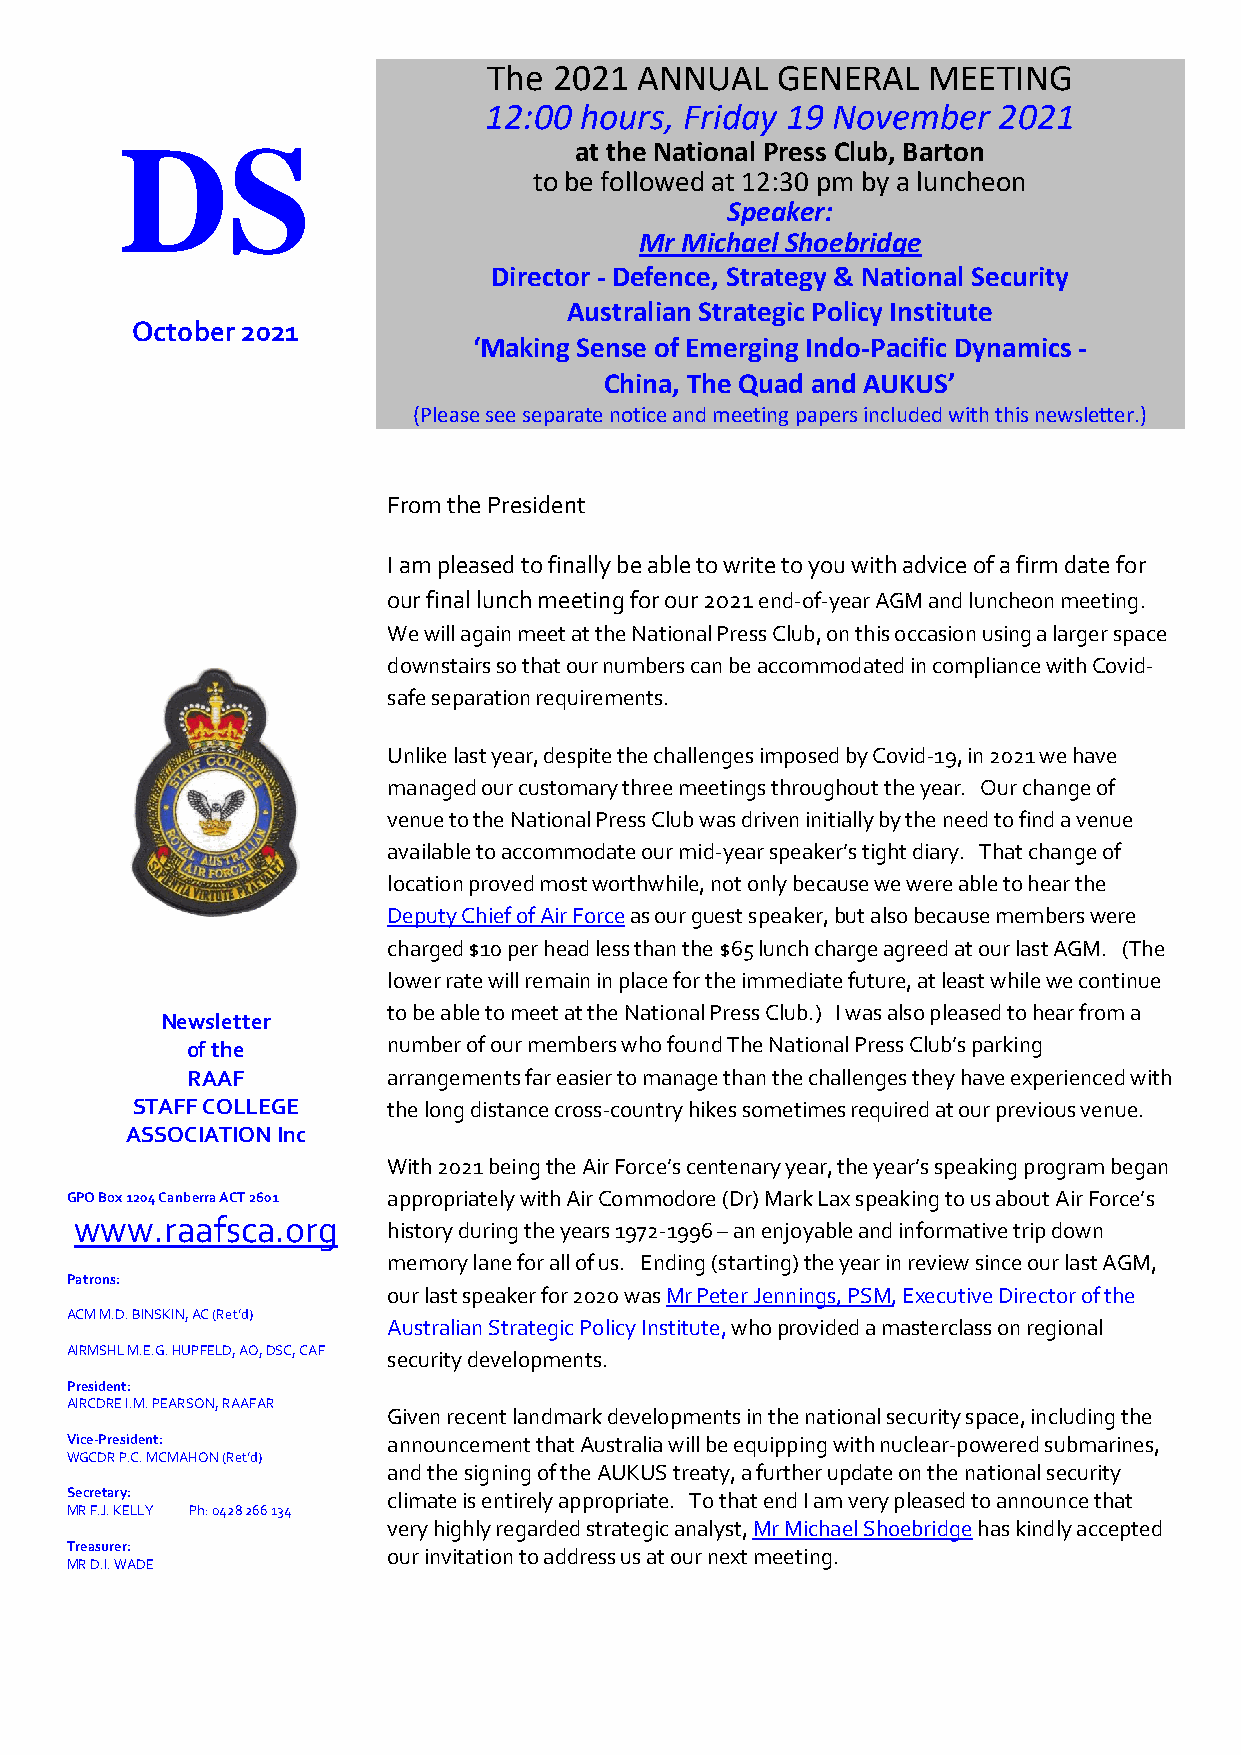
The  2021 ANNUAL   GENERAL   MEETING
 12:00 hours, Friday 19 November   2021
 DS                            at the National Press Club, Barton
 to be followed at 12:30 pm by a luncheon
 Speaker:
 Mr Michael Shoebridge
 Director - Defence, Strategy & National Security
 Australian Strategic Policy Institute
 October 2021
 ‘Making Sense of Emerging Indo-Pacific Dynamics -
 China, The Quad and AUKUS’
 (Please see separate notice and meeting papers included with this newsletter.)
 From the President
 I am pleased to finally be able to write to you with advice of a firm date for
 our final lunch meeting for our 2021 end-of-year AGM and luncheon meeting.
 We will again meet at the National Press Club, on this occasion using a larger space
 downstairs so that our numbers can be accommodated in compliance with Covid-
 safe separation requirements.
 Unlike last year, despite the challenges imposed by Covid-19, in 2021 we have
 managed our customary three meetings throughout the year. Our change of
 venue to the National Press Club was driven initially by the need to find a venue
 available to accommodate our mid-year speaker’s tight diary. That change of
 location proved most worthwhile, not only because we were able to hear the
 Deputy Chief of Air Force as our guest speaker, but also because members were
 charged $10 per head less than the $65 lunch charge agreed at our last AGM. (The
 lower rate will remain in place for the immediate future, at least while we continue
 to be able to meet at the National Press Club.) I was also pleased to hear from a
 Newsletter
 of the        number of our members who found The National Press Club’s parking
 RAAF          arrangements far easier to manage than the challenges they have experienced with
 STAFF COLLEGE    the long distance cross-country hikes sometimes required at our previous venue.
 ASSOCIATION Inc
 With 2021 being the Air Force’s centenary year, the year’s speaking program began
 GPO Box 1204 Canberra ACT 2601 appropriately with Air Commodore (Dr) Mark Lax speaking to us about Air Force’s
 www.raafsca.org
 history during the years 1972-1996 – an enjoyable and informative trip down
 memory lane for all of us. Ending (starting) the year in review since our last AGM,
 Patrons:
 our last speaker for 2020 was Mr Peter Jennings, PSM, Executive Director of the
 ACM M.D. BINSKIN, AC (Ret’d)
 Australian Strategic Policy Institute, who provided a masterclass on regional
 AIRMSHL M.E.G. HUPFELD, AO, DSC, CAF security developments.
 President:
 AIRCDRE I.M. PEARSON, RAAFAR
 Given recent landmark developments in the national security space, including the
 Vice-President:       announcement that Australia will be equipping with nuclear-powered submarines,
 WGCDR P.C. MCMAHON (Ret’d)
 and the signing of the AUKUS treaty, a further update on the national security
 Secretary:            climate is entirely appropriate. To that end I am very pleased to announce that
 MR F.J. KELLY Ph: 0428 266 134
 very highly regarded strategic analyst, Mr Michael Shoebridge has kindly accepted
 Treasurer:
 our invitation to address us at our next meeting.
 MR D.I. WADE